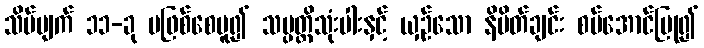
သိမ်ပျက် ၁၁-ခု မဖြစ်စေမူ၍ သမ္ပတ္တိသုံးပါးနှင့် ယှဉ်သော နိမိတ်ချင်း စပ်အောင်ပြု၍